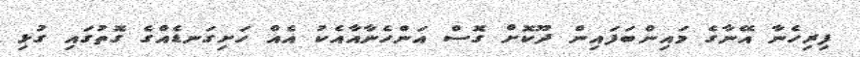
ފިރިހެނާ އޭނާގެ މައިންބަފައިން ދޫކޮށް ގޮސް އަންހެނާއާއެކު އެއް ހަށިގަނޑެއްގެ ގޮތުގައި ގުޅި